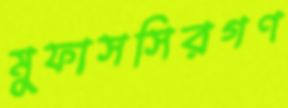
মুফাসসিরগণ